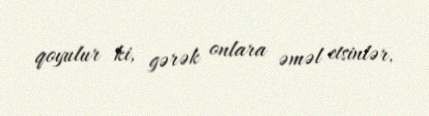
qoyulur ki, gərək onlara əməl etsinlər.